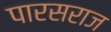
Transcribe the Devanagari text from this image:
पारसराज